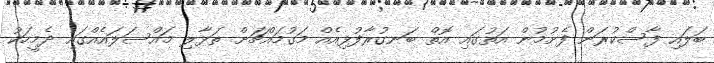
ބަލައި ފާސްކުރަން ފެށުމުން އަތުގައި އޮތް ބަނގުރާފުޅިއެއް މަގުމައްޗަށް ތަޅާލި މައްސަލައެއްގައި ދެމީހަކު